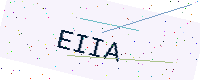
Text: EIIA